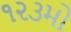
૧૨૩મો